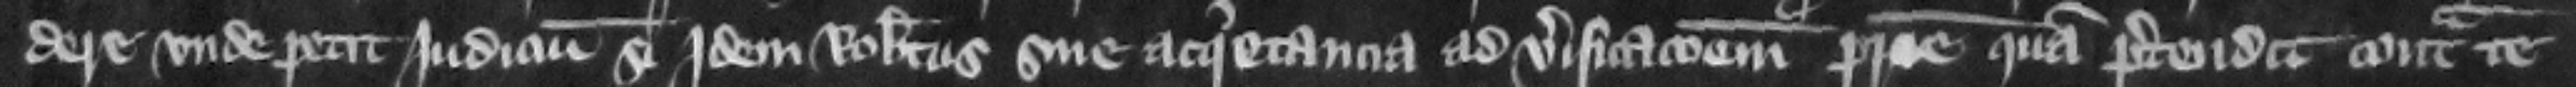
dere vnde petit judicium si jdem Robertus sine acquietancia ad verificacionem patrie quam pretendit contra te